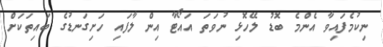
ނިކުމެފައިވާ އެންމެ ބޮޑު ލޭހޮޅި ނުވަތަ އައޯޓާ އިން ލާފައި ހަށިގަނޑުގެ ބައިތަކަށް